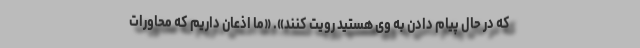
که در حال پیام دادن به وی هستید رویت کنند». «ما اذعان داریم که محاورات